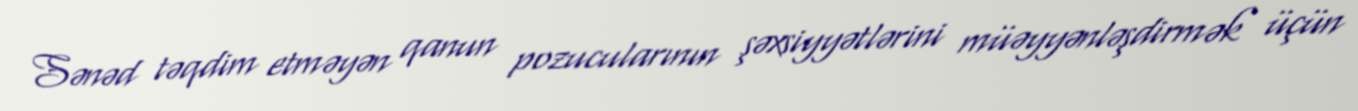
Sənəd təqdim etməyən qanun pozucularının şəxsiyyətlərini müəyyənləşdirmək üçün